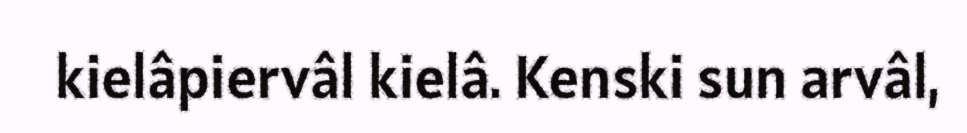
kielâpiervâl kielâ. Kenski sun arvâl,